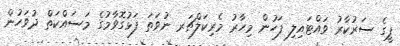
ޕީގެ ސަރުކާރު ވައްޓައިލި ފަހުން މިހާރު މެރިކަލްޗަރ ނުވަތަ ފަޅުގޮވާމުގެ މަސައްކަތް ދުވަހުން